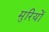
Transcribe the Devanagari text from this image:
मुरियों